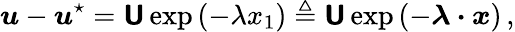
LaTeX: \boldsymbol{u}-\boldsymbol{u}^{\star}=\boldsymbol{\mathsf{U}}\exp\left(-\lambda x_{1}\right)\triangleq\boldsymbol{\mathsf{U}}\exp\left(-\boldsymbol{\lambda}\boldsymbol{\cdot}\boldsymbol{x}\right)\, ,